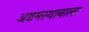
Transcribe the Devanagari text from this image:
अष्टमस्थानाला